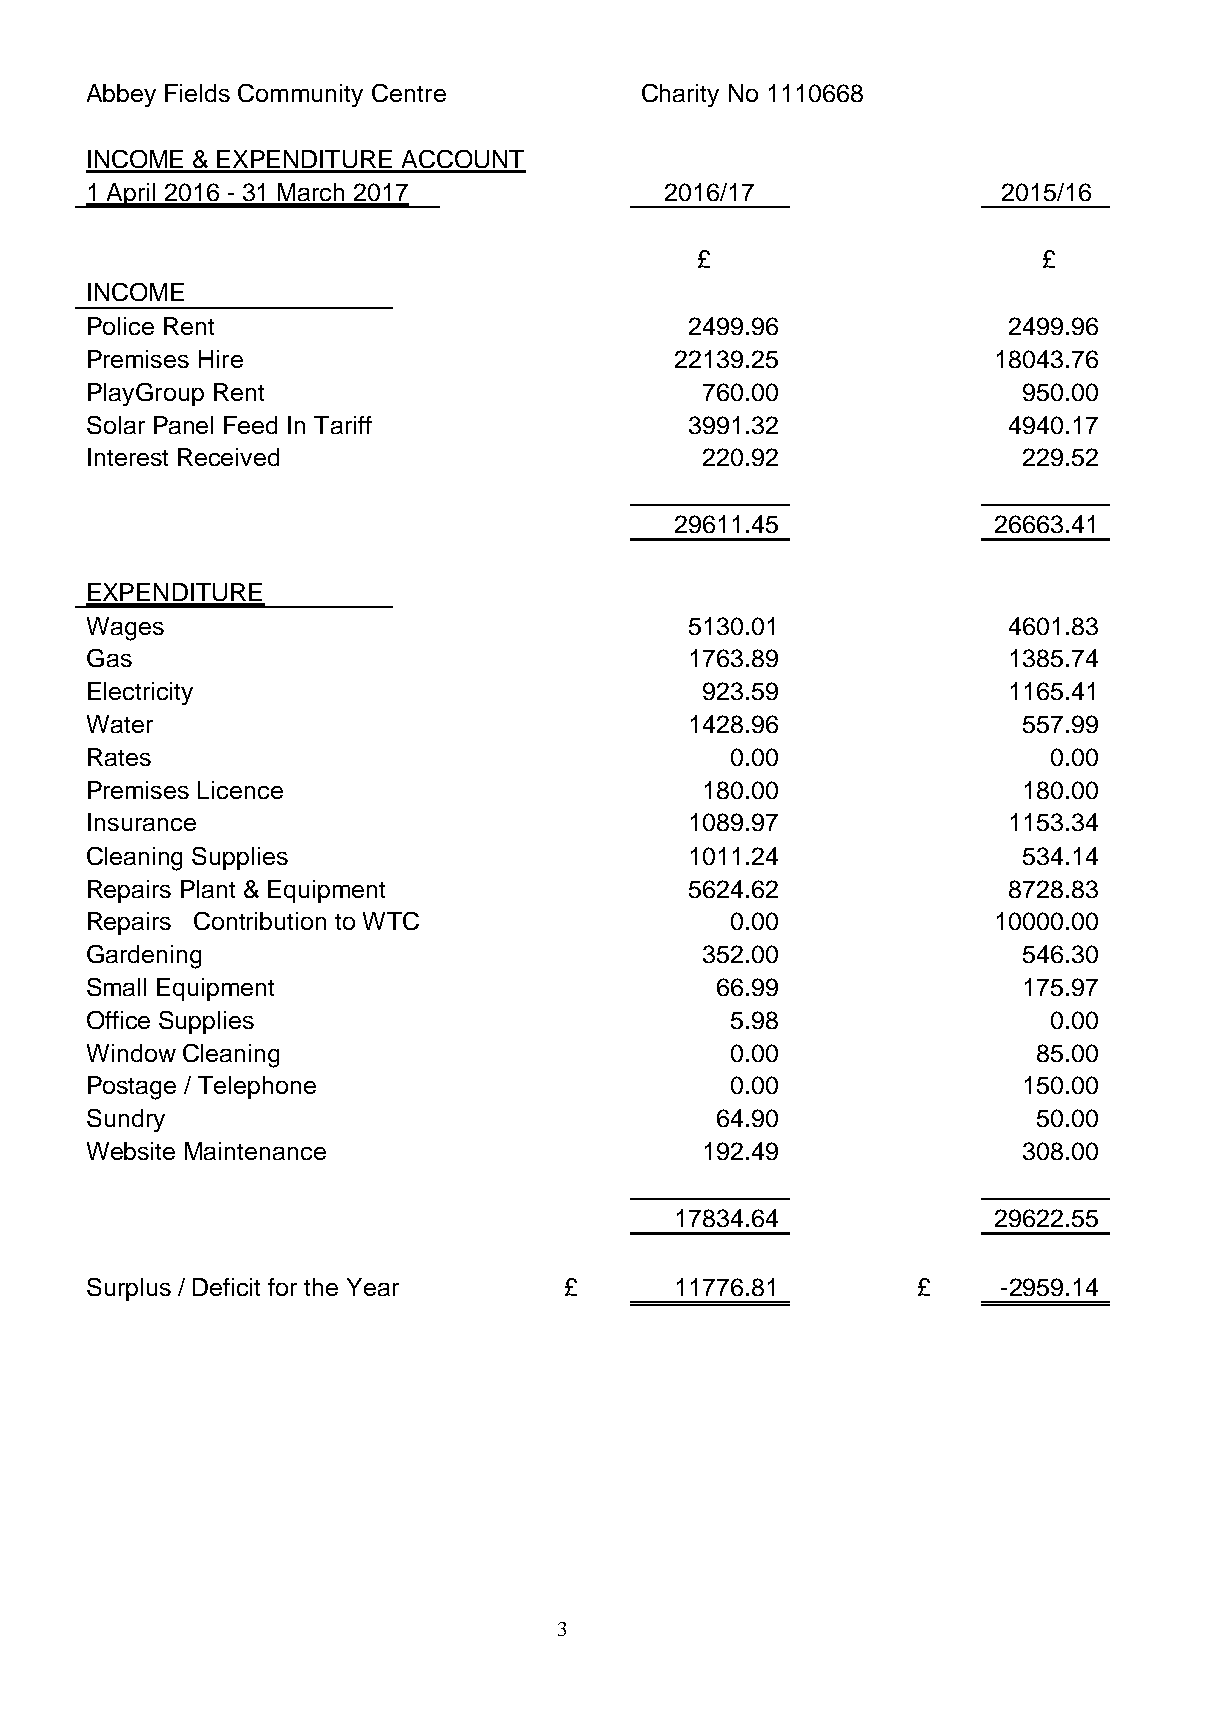
Abbey Fields Community Centre       Charity No 1110668
 INCOME & EXPENDITURE A C C OU NT
 1 April 2016 - 31 March 2017          2016/17               2015/16
 £                      £
 INCOME
 Police Rent                             2499.96              2499.96
 Premises Hire                          22139.25             18043.76
 PlayGroup Rent                          760.00                950.00
 Solar Panel Feed In Tariff              3991.32              4940.17
 Interest Received                       220.92                229.52
 29611.45             26663.41
 EXPENDITURE
 Wages                                   5130.01              4601.83
 Gas                                     1763.89              1385.74
 Electricity                             923.59               1165.41
 Water                                   1428.96               557.99
 Rates                                     0.00                 0.00
 Premises Licence                        180.00                180.00
 Insurance                               1089.97              1153.34
 Cleaning Supplies                       1011.24               534.14
 Repairs Plant & Equipment               5624.62              8728.83
 Repairs Contribution to WTC               0.00              10000.00
 Gardening                               352.00                546.30
 Small Equipment                          66.99                175.97
 Office Supplies                           5.98                 0.00
 Window Cleaning                           0.00                 85.00
 Postage / Telephone                       0.00                150.00
 Sundry                                   64.90                 50.00
 Website Maintenance                     192.49                308.00
 17834.64             29622.55
 Surplus / Deficit for the Yea r £      11776.81        £    -2959.14
 3